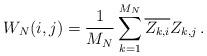
LaTeX: \begin{align*}W_N(i,j)=\frac1{M_N}\sum_{k=1}^{M_N}\overline{Z_{k,i}}Z_{k,j}\,.\end{align*}